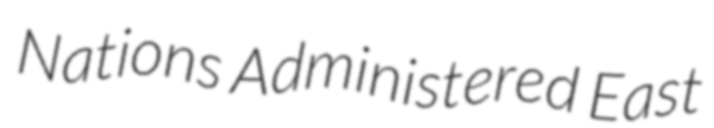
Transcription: Nations Administered East